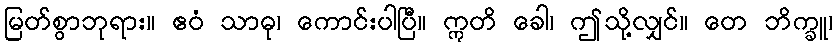
မြတ်စွာဘုရား။ ဧဝံ သာဓု၊ ကောင်းပါပြီ။ ဣတိ ခေါ၊ ဤသို့လျှင်။ တေ ဘိက္ခူ၊